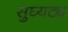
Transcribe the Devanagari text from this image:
सुघ्यट्य